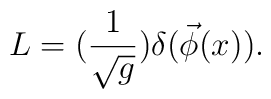
L=(\frac 1{\sqrt{g}})\delta (\vec \phi (x)).